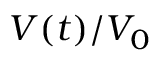
V ( t ) / V _ { 0 }